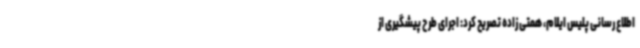
اطلاع رسانی پلیس ایلام، همتی زاده تصریح کرد: اجرای طرح پیشگیری از